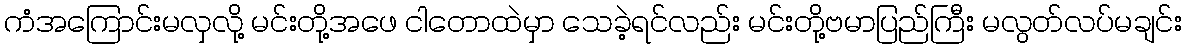
ကံအကြောင်းမလှလို့ မင်းတို့အဖေ ငါတောထဲမှာ သေခဲ့ရင်လည်း မင်းတို့ဗမာပြည်ကြီး မလွတ်လပ်မချင်း